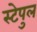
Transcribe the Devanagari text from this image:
स्टेपुल